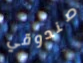
صندوقي